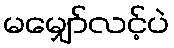
မမျှော်လင့်ပဲ